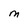
Character: M